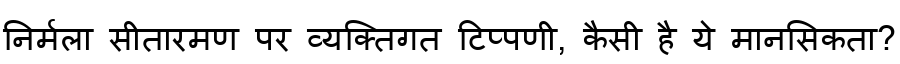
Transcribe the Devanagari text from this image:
निर्मला सीतारमण पर व्यक्तिगत टिप्पणी, कैसी है ये मानसिकता?